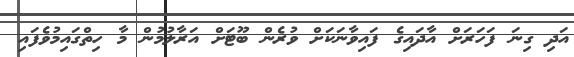
އަދި ގިނަ ފަހަރަށް އާދައިގެ ފައިވާނަކަށް ވުރެން ބޫޓަށް އަރާލުމުން މާ ހިތްގައިމުވެފައި